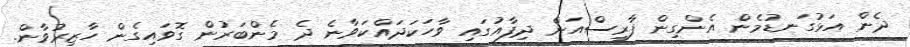
ދެން އަޅުގަނޑުމެން އެންގިން ފާރިސްއަށް ދިފާއުގައި ވާހަކަދައްކަވާނެ ދެ މެންބަރުން ގޮވައިގެން ހާޒިރުވާން.